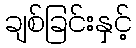
ချစ်ခြင်းနှင့်